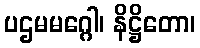
ပဌမမဂ္ဂေါ၊ နိဋ္ဌိတော၊